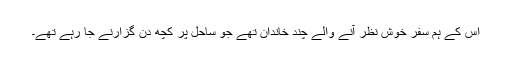
اس کے ہم سفر خوش نظر آنے والے چند خاندان تھے جو ساحل پر کچھ دن گزارنے جا رہے تھے۔